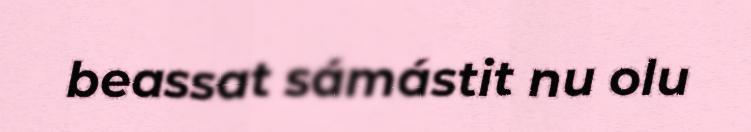
beassat sámástit nu olu